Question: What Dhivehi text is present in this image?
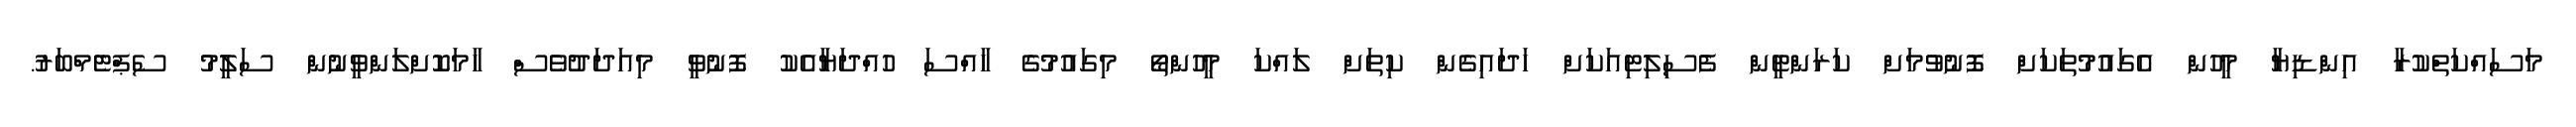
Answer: މަސައްކަތްކުރާ އިންޑިޔާ މީހުން އެގައުމުތަކަށް ފޮނުވުމަށް ކަރަންޓީން ފެސިލިޓިއަކަށް ހަދައިގެން ކިތަށް ލައްކަ މީހުންތޯ މިގައުމުގެ ހާއްސަ ހުއްދަޔާއެކު ފޮނުވީ މިއަދަދުވެސް ހާމަކޮށްލަންވީނުން ސަލީމު ސެޕްޓެމްބަރު.